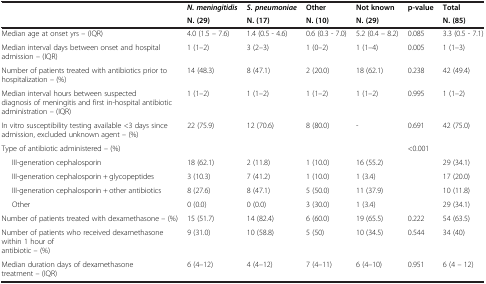
|  | N. meningitidis | S. pneumoniae | Other | Not known | p-value | Total |
 |  | N. (29) | N. (17) | N. (10) | N. (29) |  | N. (85) |
 | --- | --- | --- | --- | --- | --- | --- |
 | Median age at onset yrs – (IQR) | 4.0 (1.5 – 7.6) | 1.4 (0.5 - 4.6) | 0.6 (0.3 - 7.0) | 5.2 (0.4 – 8.2) | 0.085 | 3.3 (0.5 - 7.1) |
 | Median interval days between onset and hospital admission – (IQR) | 1 (1–2) | 3 (2–3) | 1 (0–2) | 1 (1–4) | 0.005 | 1 (1–3) |
 | Number of patients treated with antibiotics prior to hospitalization – (%) | 14 (48.3) | 8 (47.1) | 2 (20.0) | 18 (62.1) | 0.238 | 42 (49.4) |
 | Median interval hours between suspected diagnosis of meningitis and first in-hospital antibiotic administration – (IQR) | 1 (1–2) | 1 (1–2) | 1 (1–2) | 1 (1–2) | 0.995 | 1 (1–2) |
 | In vitro susceptibility testing available <3 days since admission, excluded unknown agent – (%) | 22 (75.9) | 12 (70.6) | 8 (80.0) | - | 0.691 | 42 (75.0) |
 | Type of antibiotic administered – (%) |  |  |  |  | <0.001 |  |
 | III-generation cephalosporin | 18 (62.1) | 2 (11.8) | 1 (10.0) | 16 (55.2) |  | 29 (34.1) |
 | III-generation cephalosporin + glycopeptides | 3 (10.3) | 7 (41.2) | 1 (10.0) | 1 (3.4) |  | 17 (20.0) |
 | III-generation cephalosporin + other antibiotics | 8 (27.6) | 8 (47.1) | 5 (50.0) | 11 (37.9) |  | 10 (11.8) |
 | Other | 0 (0.0) | 0 (0.0) | 3 (30.0) | 1 (3.4) |  | 29 (34.1) |
 | Number of patients treated with dexamethasone – (%) | 15 (51.7) | 14 (82.4) | 6 (60.0) | 19 (65.5) | 0.222 | 54 (63.5) |
 | Number of patients who received dexamethasone within 1 hour of antibiotic – (%) | 9 (31.0) | 10 (58.8) | 5 (50) | 10 (34.5) | 0.544 | 34 (40) |
 | Median duration days of dexamethasone treatment – (IQR) | 6 (4–12) | 4 (4–12) | 7 (4–11) | 6 (4–10) | 0.951 | 6 (4 – 12) |